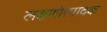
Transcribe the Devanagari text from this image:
लक्षणोत्पादक